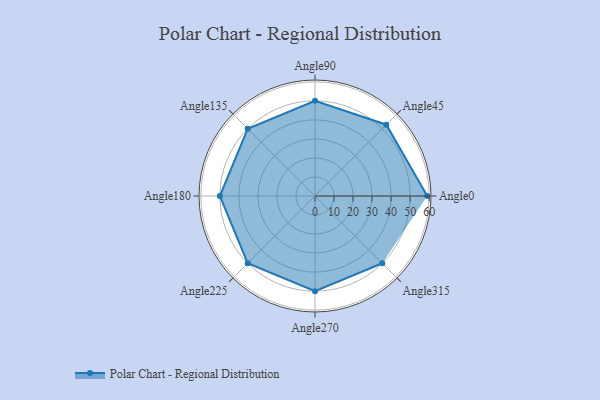
{"axis": {"x": "Angle", "y": "Radius"}, "legend": [""], "data": [{"x": "Angle0", "y": 59.0, "type": ""}, {"x": "Angle45", "y": 53.0, "type": ""}, {"x": "Angle90", "y": 50, "type": ""}, {"x": "Angle135", "y": 50, "type": ""}, {"x": "Angle180", "y": 50, "type": ""}, {"x": "Angle225", "y": 50, "type": ""}, {"x": "Angle270", "y": 50, "type": ""}, {"x": "Angle315", "y": 50, "type": ""}]}